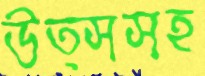
উত্সসহ